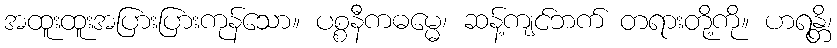
အထူးထူးအပြားပြားကုန်သော။ ပစ္စနီကဓမ္မေ၊ ဆန့်ကျင်ဘက် တရားတို့ကို။ ဟရန္တိ၊